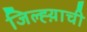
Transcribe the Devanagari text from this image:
जिल्ह्य़ाची